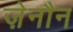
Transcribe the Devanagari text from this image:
ज़ेनौन